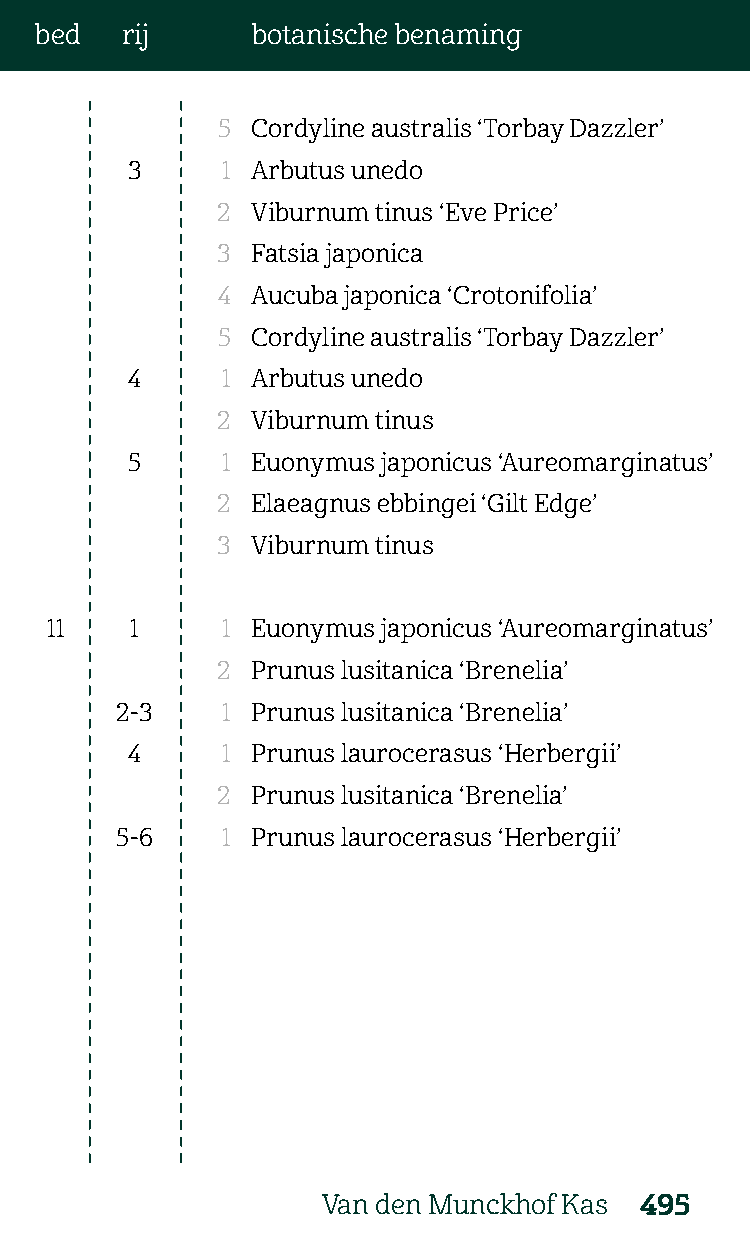
bed   rij      botanische benaming
 5  Cordyline australis ‘Torbay Dazzler’
 3      1 Arbutus unedo
 2  Viburnum tinus ‘Eve Price’
 3  Fatsia japonica
 4  Aucuba japonica ‘Crotonifolia’
 5  Cordyline australis ‘Torbay Dazzler’
 4      1 Arbutus unedo
 2  Viburnum tinus
 5      1 Euonymus japonicus ‘Aureomarginatus’
 2  Elaeagnus ebbingei ‘Gilt Edge’
 3  Viburnum tinus
 11    1     1 Euonymus japonicus ‘Aureomarginatus’
 2  Prunus lusitanica ‘Brenelia’
 2-3    1 Prunus lusitanica ‘Brenelia’
 4      1 Prunus laurocerasus ‘Herbergii’
 2  Prunus lusitanica ‘Brenelia’
 5-6    1 Prunus laurocerasus ‘Herbergii’
 Van den Munckhof Kas 495